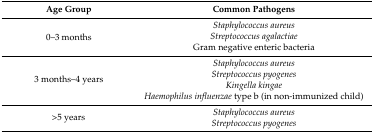
<table><thead><tr><td><b>Age Group</b></td><td><b>Common Pathogens</b></td></tr></thead><tbody><tr><td rowspan="3">0–3 months</td><td><i>Staphylococcus aureus</i></td></tr><tr><td><i>Streptococcus agalactiae</i></td></tr><tr><td>Gram negative enteric bacteria</td></tr><tr><td rowspan="4">3 months–4 years</td><td><i>Staphylococcus aureus</i></td></tr><tr><td><i>Streptococcus pyogenes</i></td></tr><tr><td><i>Kingella kingae</i></td></tr><tr><td><i>Haemophilus influenzae</i> type b (in non-immunized child)</td></tr><tr><td rowspan="2">&gt;5 years</td><td><i>Staphylococcus aureus</i></td></tr><tr><td><i>Streptococcus pyogenes</i></td></tr></tbody></table>